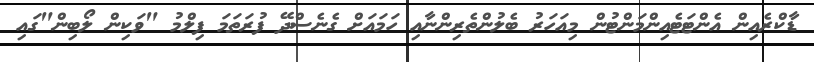
ޑާކްރެއިން އެންޓަޓެއިންމަންޓުން މިއަހަރު ބެލުންތެރިންނާއި ހަމައަށް ގެނެސްދޭ ފުރަތަމަ ފިލްމު "ވަކިން ލޯބިން"ގައި